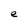
Character: e